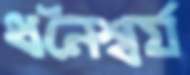
ধনৈশ্বর্য